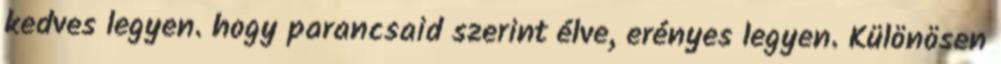
kedves legyen. hogy parancsaid szerint élve, erényes legyen. Különösen